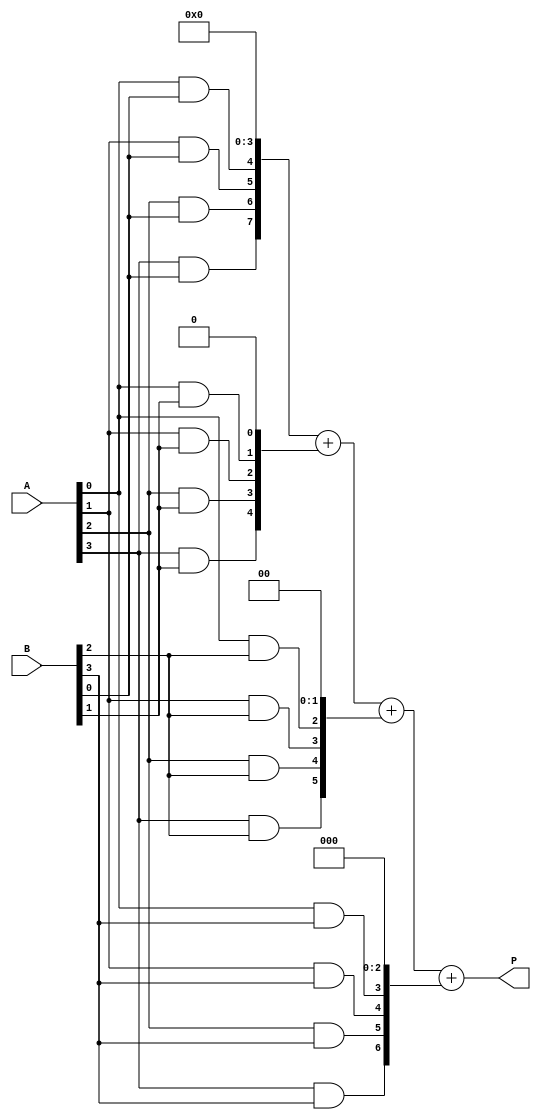
module array_multiplier #(parameter N = 4) (
    input  [N-1:0] A,  // N-bit operand A
    input  [N-1:0] B,  // N-bit operand B
    output [2*N-1:0] P // 2N-bit product
);

    // Intermediate signal to hold partial products
    wire [N-1:0] partial_product [0:N-1];

    // Generate partial products using AND gates
    genvar i, j;
    generate
        for (i = 0; i < N; i = i + 1) begin : row
            for (j = 0; j < N; j = j + 1) begin : column
                assign partial_product[i][j] = A[j] & B[i]; // AND operation
            end
        end
    endgenerate

    // Now we need to sum the partial products.
    // We will use a simple tree structure for the addition of partial products
    wire [2*N-1:0] sum [0:N-1]; // To hold the intermediate sums
    assign sum[0] = {partial_product[0], {N{1'b0}}}; // First partial product (shifted)

    // Add each partial product to the previous sum
    generate
        for (i = 1; i < N; i = i + 1) begin : adder_stage
            assign sum[i] = sum[i-1] + {partial_product[i], {i{1'b0}}}; // Shifted addition
        end
    endgenerate

    // Final output is the last sum
    assign P = sum[N-1];

endmodule